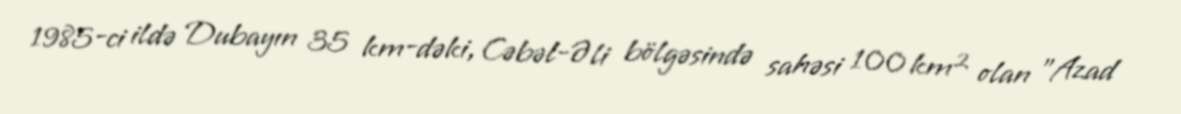
1985-ci ildə Dubayın 35 km-dəki, Cəbəl-Əli bölgəsində sahəsi 100 km² olan "Azad